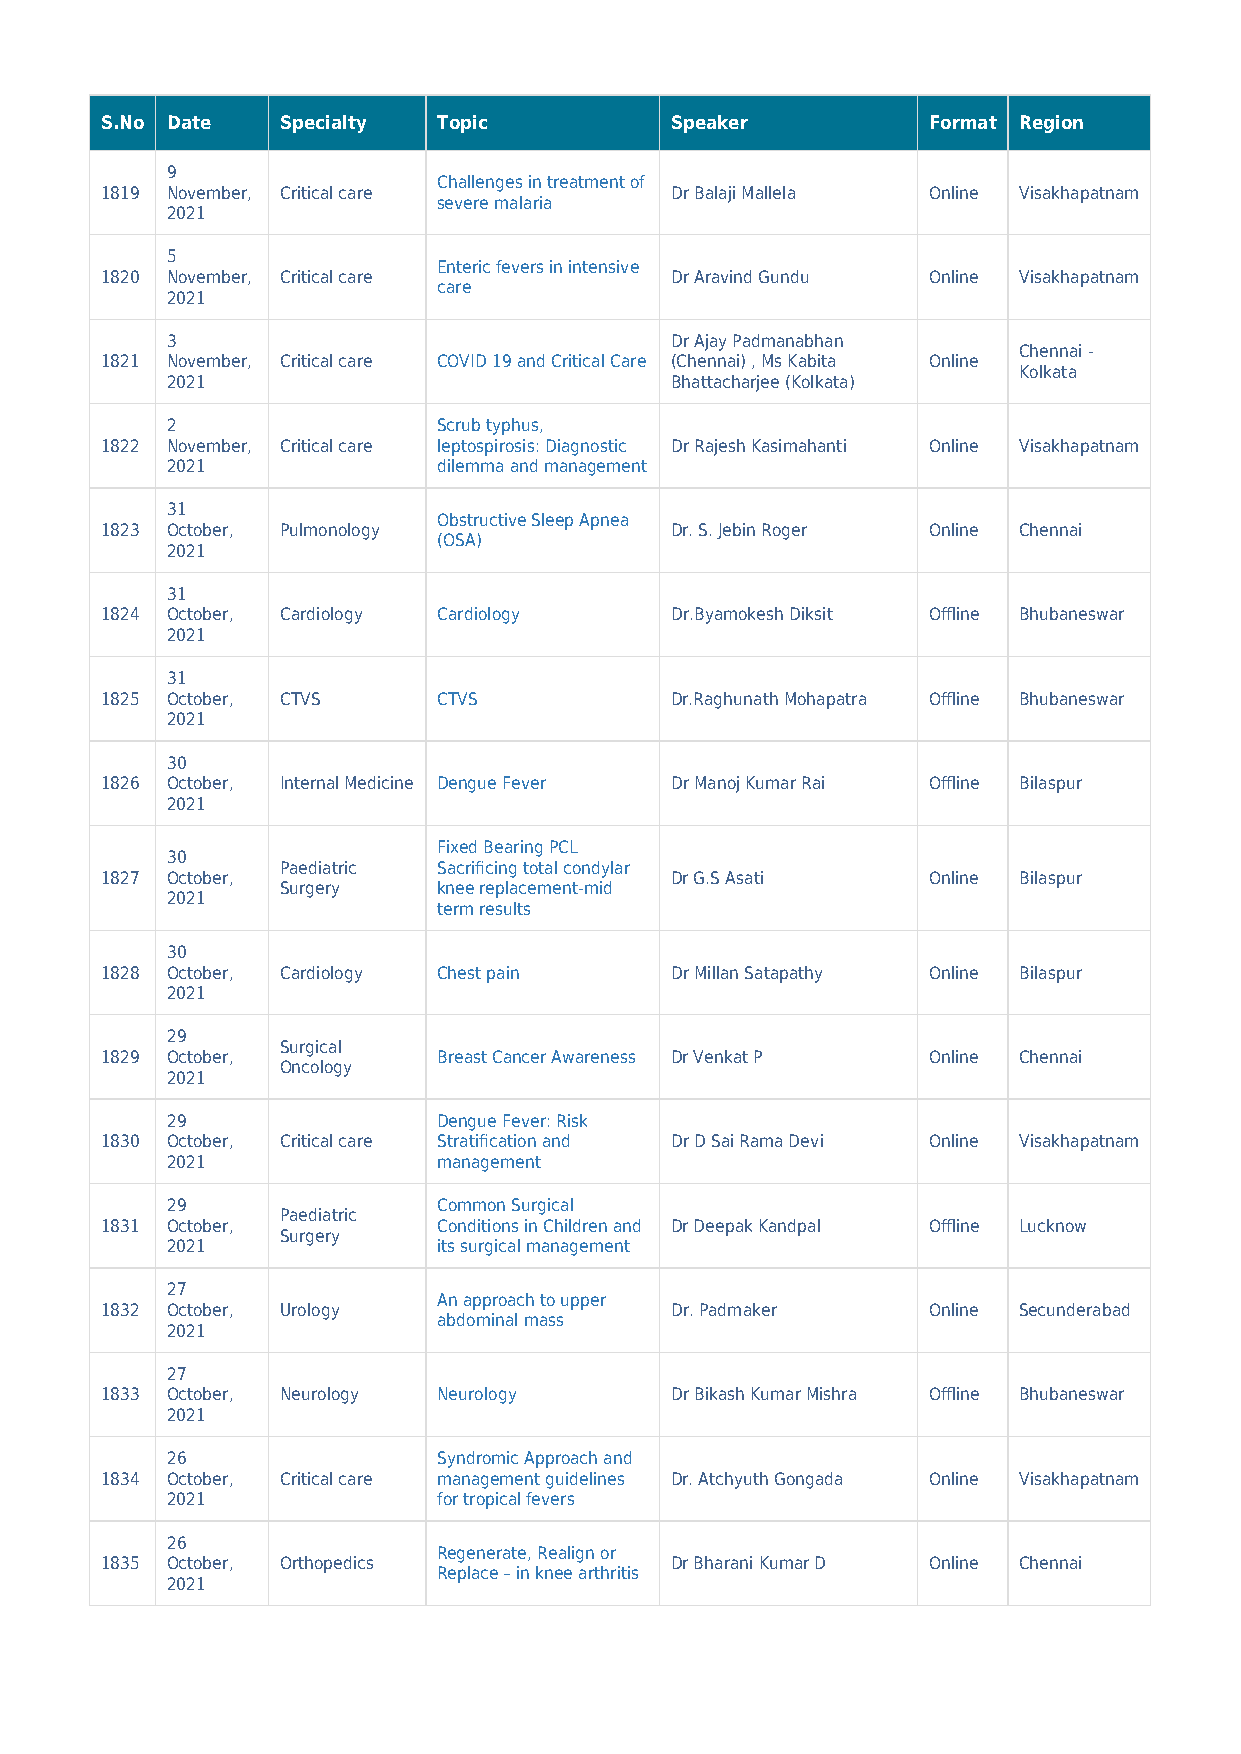
S.No Date   Specialty Topic          Speaker          Format Region
 9
 Challenges in treatment of
 1819 November, Critical care         Dr Balaji Mallela Online Visakhapatnam
 severe malaria
 2021
 5
 Enteric fevers in intensive
 1820 November, Critical care         Dr Aravind Gundu Online Visakhapatnam
 care
 2021
 3                                Dr Ajay Padmanabhan
 Chennai -
 1821 November, Critical care COVID 19 and Critical Care (Chennai) , Ms Kabita Online
 Kolkata
 2021                             Bhattacharjee (Kolkata)
 2                 Scrub typhus,
 1822 November, Critical care leptospirosis: Diagnostic Dr Rajesh Kasimahanti Online Visakhapatnam
 2021              dilemma and management
 31
 Obstructive Sleep Apnea
 1823 October, Pulmonology            Dr. S. Jebin Roger Online Chennai
 (OSA)
 2021
 31
 1824 October, Cardiology Cardiology  Dr.Byamokesh Diksit Offline Bhubaneswar
 2021
 31
 1825 October, CTVS    CTVS           Dr.Raghunath Mohapatra Offline Bhubaneswar
 2021
 30
 1826 October, Internal Medicine Dengue Fever Dr Manoj Kumar Rai Offline Bilaspur
 2021
 Fixed Bearing PCL
 30
 Paediatric Sacrificing total condylar
 1827 October,                        Dr G.S Asati     Online Bilaspur
 Surgery   knee replacement-mid
 2021
 term results
 30
 1828 October, Cardiology Chest pain  Dr Millan Satapathy Online Bilaspur
 2021
 29
 Surgical
 1829 October,         Breast Cancer Awareness Dr Venkat P Online Chennai
 Oncology
 2021
 29                Dengue Fever: Risk
 1830 October, Critical care Stratification and Dr D Sai Rama Devi Online Visakhapatnam
 2021              management
 29                Common Surgical
 Paediatric
 1831 October,         Conditions in Children and Dr Deepak Kandpal Offline Lucknow
 Surgery
 2021              its surgical management
 27
 An approach to upper
 1832 October, Urology                Dr. Padmaker     Online Secunderabad
 abdominal mass
 2021
 27
 1833 October, Neurology Neurology    Dr Bikash Kumar Mishra Offline Bhubaneswar
 2021
 26                Syndromic Approach and
 1834 October, Critical care management guidelines Dr. Atchyuth Gongada Online Visakhapatnam
 2021              for tropical fevers
 26
 Regenerate, Realign or
 1835 October, Orthopedics            Dr Bharani Kumar D Online Chennai
 Replace – in knee arthritis
 2021